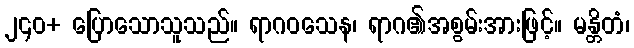
၂၄၀+ ပြောသောသူသည်။ ရာဂဝသေန၊ ရာဂ၏အစွမ်းအားဖြင့်။ မန္တိတံ၊